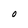
Character: O